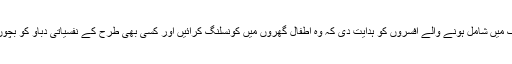
جسٹس ماگرے نے میٹنگ میں شامل ہونے والے افسروں کو ہدایت دی کہ وہ اطفال گھروں میں کونسلنگ کرائیں اور کسی بھی طرح کے نفسیاتی دباؤ کو بچوں پر حاوی نہ ہونے دیں ۔